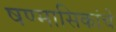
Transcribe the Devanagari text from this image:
षण्मासिकांचे